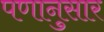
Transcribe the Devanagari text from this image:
पणानुसार